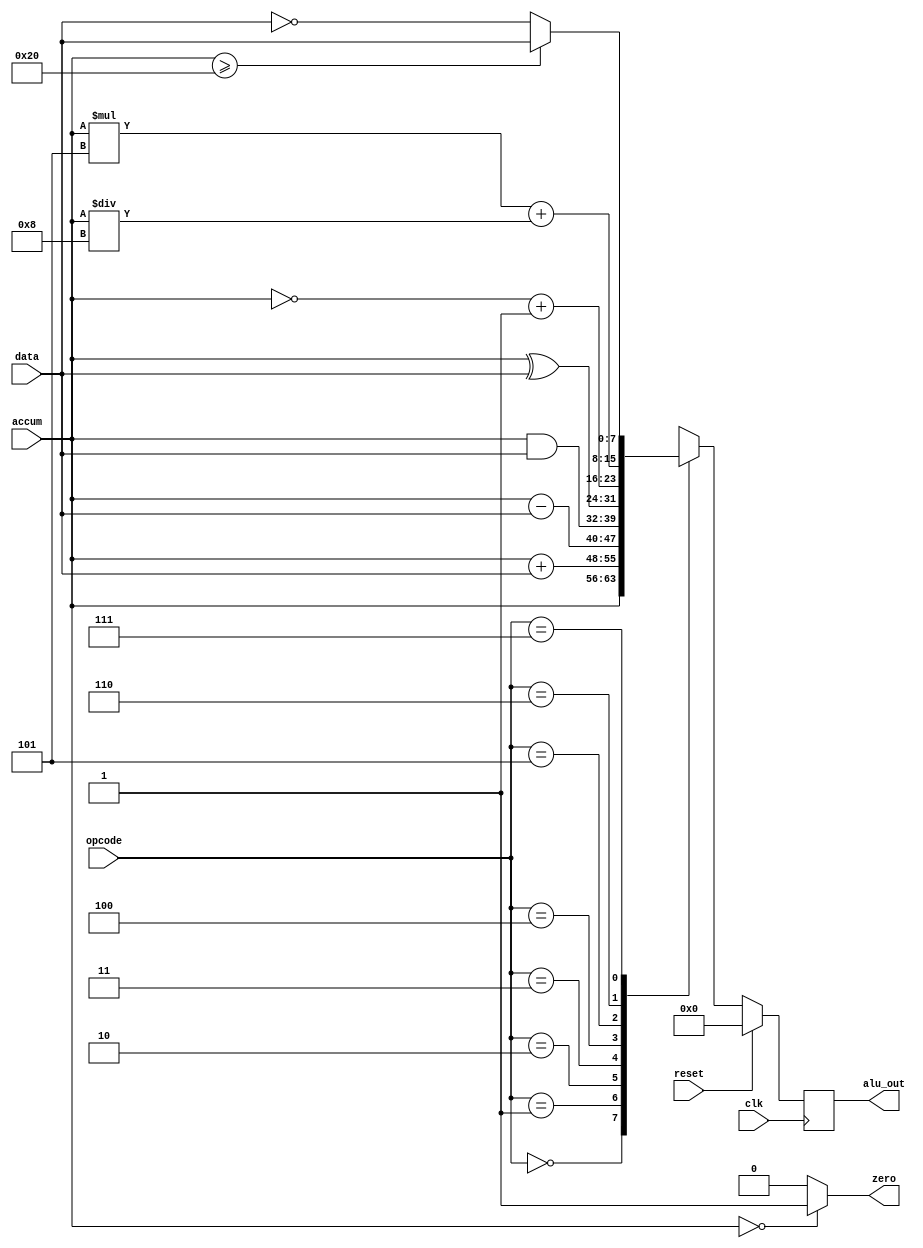
module alu(alu_out, accum, data, opcode, zero, clk, reset);
input 		clk, reset;
input 	[7:0] 	accum, data;
input 	[2:0] 	opcode;
output  reg [7:0] alu_out;
output  reg	zero;

always@(posedge clk)
begin
	if(reset == 1'b1)
		alu_out = 8'b0000_0000;
	else
		case(opcode)
		default: alu_out <= 8'b0000_0000;
		3'b000 : alu_out <= accum;
		3'b001 : alu_out <= accum + data;
		3'b010 : alu_out <= accum - data;
		3'b011 : alu_out <= accum & data;
		3'b100 : alu_out <= accum ^ data;
		3'b101 : alu_out <= ~(accum) + 1;
		3'b110 : alu_out <= (accum) * 8'b0000_0101 + (accum)/ 8'b0000_1000;
		3'b111 :if(accum >= 8'b00100000)
				alu_out <= data;
			  else
				alu_out <= ~(data); 	
			
		endcase
end

always@(*)
begin
	if(accum == 8'b0000_0000)
		zero = 1'b1;
	else
		zero = 1'b0;
end
endmodule



//All input signal and output signal triggered by the rising edge of clock signal, except the zero signal.
//It is synchronous reset architecture when "reset" signal is 1, the reset function is triggered, at this moment, alu_out signal is 0.
//When accum signal is input 0, zero output 1, and is 0 otherwise. zero no need to reset with reset signal, and no need to synchronize with the clock signal.
//cases are as belows